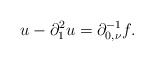
\begin{align*}u-\partial_{1}^{2}u=\partial_{0,\nu}^{-1}f.\end{align*}